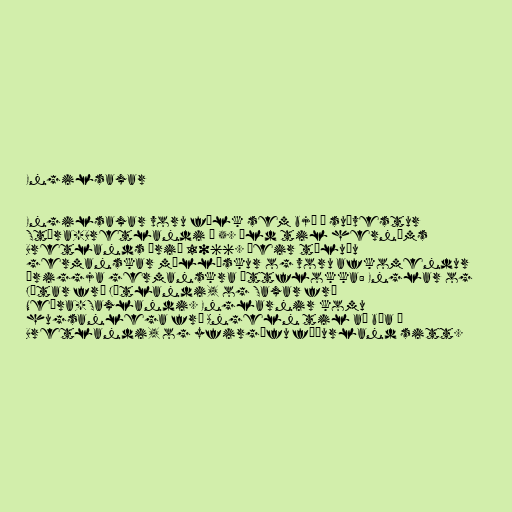
Engilsaxar

Engilsaxar voru fólk sem bjó á suðvestur
Stóra-Bretlandi á 5. öld til hernáms
Bretlands árið 1066. Þeir töluðu
germanskar mállýskur og voru afkomendur
þriggja germanskra ættflokka: Englar og
Jótar frá Jótlandi, og Saxar frá
Neðra-Saxlandi. Englarnir komu
hugsanlega frá Angeln til að búa á
Bretlandi, og yfirgáfu föðurland sitt.